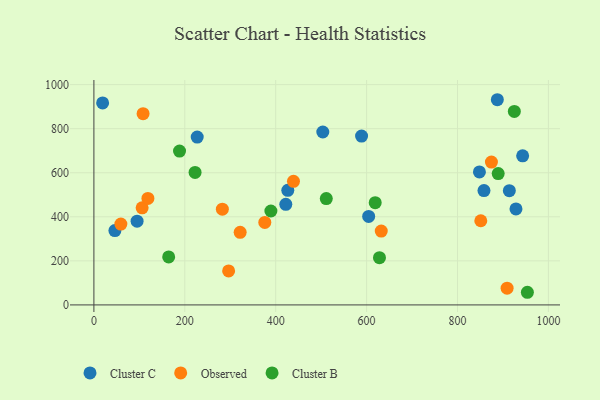
{"axis": {"x": "Experience", "y": "Sales"}, "legend": ["Cluster B", "Cluster C", "Observed"], "data": [{"x": "46.2", "y": 337.4, "type": "Cluster C"}, {"x": "858.2", "y": 519.1, "type": "Cluster C"}, {"x": "588.9", "y": 766.2, "type": "Cluster C"}, {"x": "19.2", "y": 916.7, "type": "Cluster C"}, {"x": "227.3", "y": 761.9, "type": "Cluster C"}, {"x": "95.0", "y": 380.1, "type": "Cluster C"}, {"x": "422.2", "y": 456.4, "type": "Cluster C"}, {"x": "503.6", "y": 784.8, "type": "Cluster C"}, {"x": "848.2", "y": 603.7, "type": "Cluster C"}, {"x": "426.6", "y": 520.0, "type": "Cluster C"}, {"x": "914.0", "y": 518.6, "type": "Cluster C"}, {"x": "604.5", "y": 401.9, "type": "Cluster C"}, {"x": "943.3", "y": 676.8, "type": "Cluster C"}, {"x": "928.6", "y": 435.6, "type": "Cluster C"}, {"x": "887.6", "y": 931.4, "type": "Cluster C"}, {"x": "632.2", "y": 335.1, "type": "Observed"}, {"x": "59.3", "y": 367.0, "type": "Observed"}, {"x": "106.1", "y": 440.9, "type": "Observed"}, {"x": "874.6", "y": 648.5, "type": "Observed"}, {"x": "439.1", "y": 561.1, "type": "Observed"}, {"x": "321.8", "y": 329.6, "type": "Observed"}, {"x": "376.0", "y": 374.5, "type": "Observed"}, {"x": "296.4", "y": 154.2, "type": "Observed"}, {"x": "909.1", "y": 76.1, "type": "Observed"}, {"x": "282.6", "y": 434.8, "type": "Observed"}, {"x": "108.2", "y": 868.0, "type": "Observed"}, {"x": "851.2", "y": 382.1, "type": "Observed"}, {"x": "118.8", "y": 483.3, "type": "Observed"}, {"x": "925.0", "y": 878.3, "type": "Cluster B"}, {"x": "222.6", "y": 601.4, "type": "Cluster B"}, {"x": "953.7", "y": 57.4, "type": "Cluster B"}, {"x": "628.3", "y": 214.4, "type": "Cluster B"}, {"x": "389.4", "y": 426.4, "type": "Cluster B"}, {"x": "889.5", "y": 596.1, "type": "Cluster B"}, {"x": "188.4", "y": 698.1, "type": "Cluster B"}, {"x": "618.9", "y": 464.2, "type": "Cluster B"}, {"x": "511.3", "y": 482.6, "type": "Cluster B"}, {"x": "164.5", "y": 217.9, "type": "Cluster B"}]}